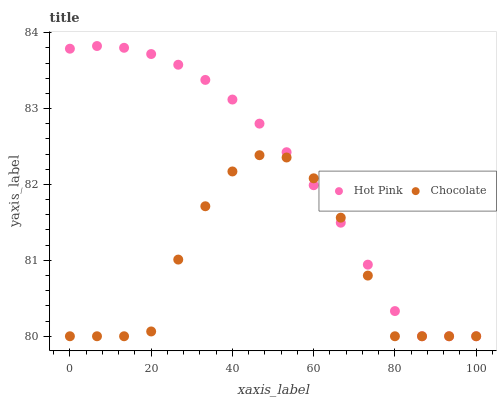
| xaxis_label | Hot Pink | Chocolate |
 | --- | --- | --- |
 | 0 | 83.8 | 80 |
 | 6.67 | 83.8 | 80 |
 | 13.3 | 83.8 | 80 |
 | 20 | 83.7 | 80.1 |
 | 26.7 | 83.6 | 81 |
 | 33.3 | 83.4 | 81.7 |
 | 40 | 83.1 | 82.2 |
 | 46.7 | 82.8 | 82.4 |
 | 53.3 | 82.4 | 82.4 |
 | 60 | 82 | 82.1 |
 | 66.7 | 81.5 | 81.6 |
 | 73.3 | 80.9 | 80.8 |
 | 80 | 80.3 | 80 |
 | 86.7 | 80 | 80 |
 | 93.3 | 80 | 80 |
 | 100 | 80 | 80 |